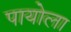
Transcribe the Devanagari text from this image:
पायोला